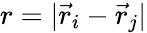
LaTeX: r=|\vec{r}_{i}-\vec{r}_{j}|